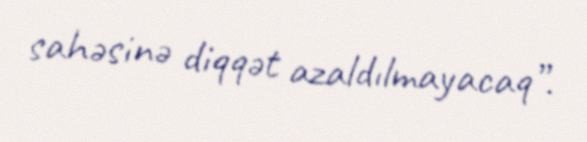
sahəsinə diqqət azaldılmayacaq”.